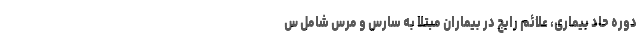
دوره حاد بیماری، علائم رایج در بیماران مبتلا به سارس و مرس شامل س